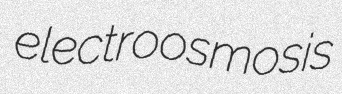
electroosmosis